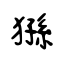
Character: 猻